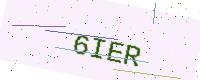
Text: 6IER